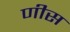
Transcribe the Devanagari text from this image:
णीस